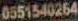
0551540264